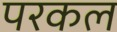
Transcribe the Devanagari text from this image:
परकल